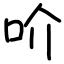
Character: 吤